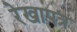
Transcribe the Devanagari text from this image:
रेखापत्र